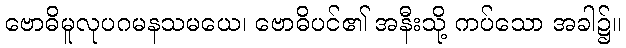
ဗောဓိမူလုပဂမနသမယေ၊ ဗောဓိပင်၏ အနီးသို့ ကပ်သော အခါ၌။